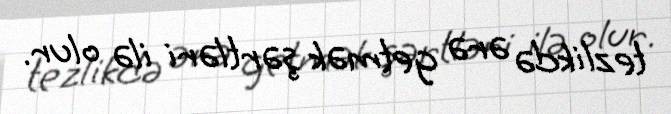
tezlikdə ərə getmək şərtləri ilə olur.